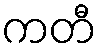
ကတီ